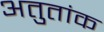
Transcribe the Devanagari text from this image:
अतुतांक